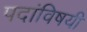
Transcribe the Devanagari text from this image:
पदांविषयी